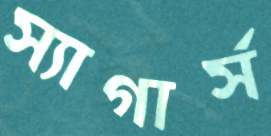
স্যাগার্স